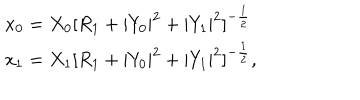
LaTeX: \begin{array} { l c r } { { x _ { 0 } = X _ { 0 } [ R _ { 1 } + | Y _ { 0 } | ^ { 2 } + | Y _ { 1 } | ^ { 2 } ] ^ { - { \frac { 1 } { 2 } } } } } \\ { { x _ { 1 } = X _ { 1 } [ R _ { 1 } + | Y _ { 0 } | ^ { 2 } + | Y _ { 1 } | ^ { 2 } ] ^ { - { \frac { 1 } { 2 } } } , } } \\ \end{array}